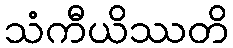
သံကီယိဿတိ